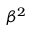
\beta ^ { 2 }